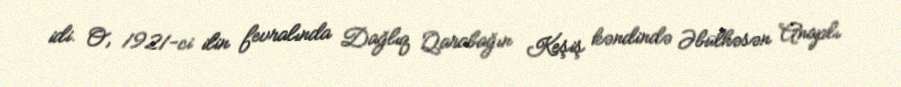
idi. O, 1921-ci ilin fevralında Dağlıq Qarabağın Keşiş kəndində Əbülhəsən Anaplı